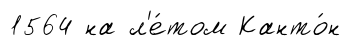
1564 на л'е́том Канто́н